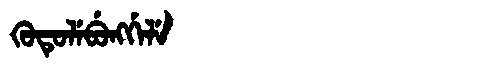
Manchu: ᡴᡠᡨᡠᠯᡝᠪᡠᠩᡤᡝᠯᡝ
Romanization: KUTULEBUNGGELE